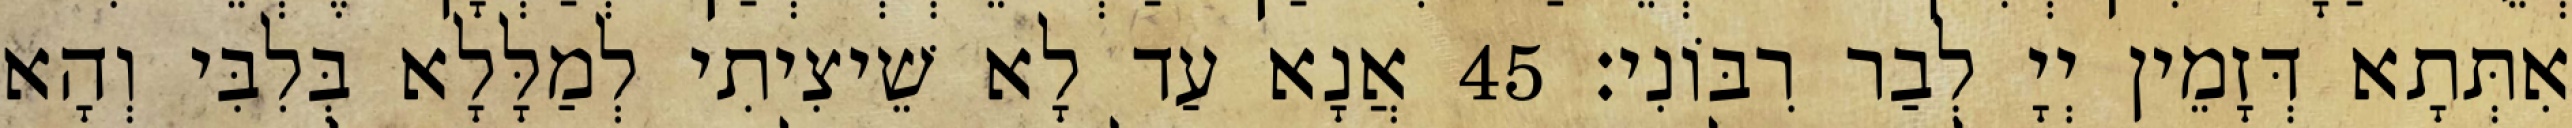
אִתְּתָא דְּזָמֵין יְיָ לְבַר רִבּוֹנִי׃ 45 אֲנָא עַד לָא שֵׁיצִיתִי לְמַלָּלָא בְּלִבִּי וְהָא